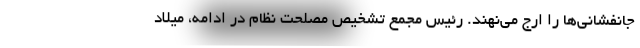
جانفشانی‌ها را ارج می‌نهند. رئیس مجمع تشخیص مصلحت نظام در ادامه، میلاد